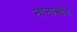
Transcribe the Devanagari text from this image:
नानाभॉय